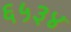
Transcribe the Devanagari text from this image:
६५३४